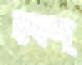
বেল্‌